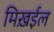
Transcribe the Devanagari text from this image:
मिख़ईल